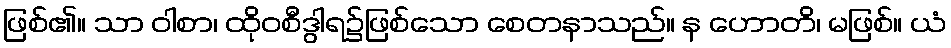
ဖြစ်၏။ သာ ဝါစာ၊ ထိုဝစီဒွါရ၌ဖြစ်သော စေတနာသည်။ န ဟောတိ၊ မဖြစ်။ ယံ